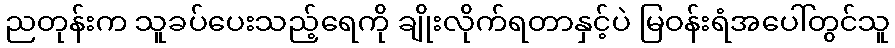
ညတုန်းက သူခပ်ပေးသည့်ရေကို ချိုးလိုက်ရတာနှင့်ပဲ မြဝန်းရံအပေါ်တွင်သူ